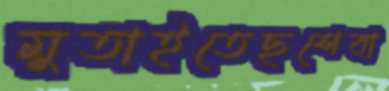
মুতাইতেছশেবা